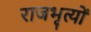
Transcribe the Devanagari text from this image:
राजभृत्यों